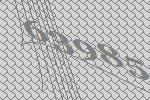
63985